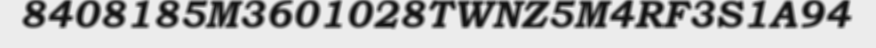
8408185M3601028TWNZ5M4RF3S1A94